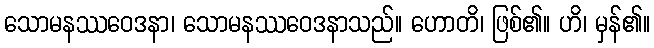
သောမနဿဝေဒနာ၊ သောမနဿဝေဒနာသည်။ ဟောတိ၊ ဖြစ်၏။ ဟိ၊ မှန်၏။